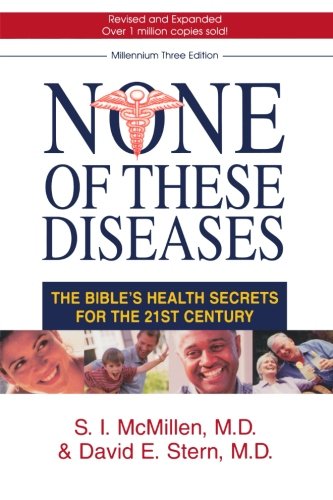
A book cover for None of These Diseases: The Bible's Health Secrets for the 21st Century; S. I. M.D. McMillen; Religion & Spirituality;